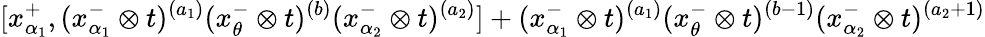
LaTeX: [x_{\alpha_{1}}^{+},(x_{\alpha_{1}}^{-}\otimes t)^{(a_{1})}(x_{\theta}^{-}\otimes t)^{(b)}(x_{\alpha_{2}}^{-}\otimes t)^{(a_{2})}]+(x_{\alpha_{1}}^{-}\otimes t)^{(a_{1})}(x_{\theta}^{-}\otimes t)^{(b-1)}(x_{\alpha_{2}}^{-}\otimes t)^{(a_{2}+1)}